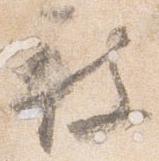
被